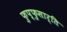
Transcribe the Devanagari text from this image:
फुप्फुसार्ति